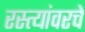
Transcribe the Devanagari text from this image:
रस्त्यांवरचे